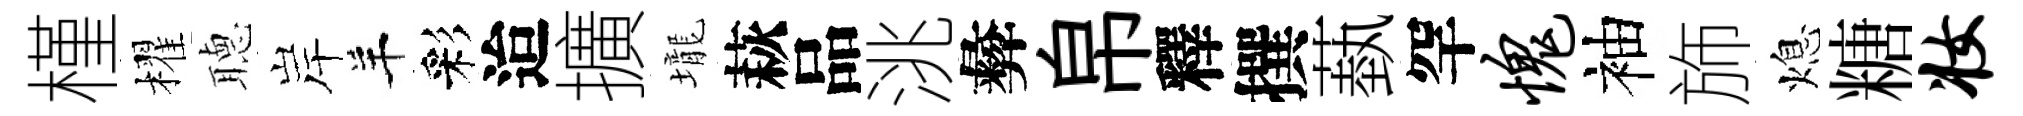
槿櫂𦗟岸羊彩迨擴壠萩品洮彜帛釋撰蓺罕愧袖斾熄糖妆